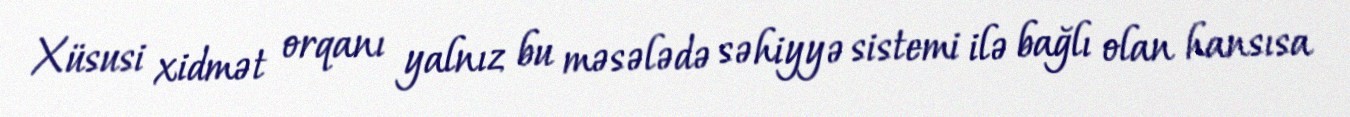
Xüsusi xidmət orqanı yalnız bu məsələdə səhiyyə sistemi ilə bağlı olan hansısa